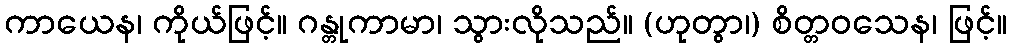
ကာယေန၊ ကိုယ်ဖြင့်။ ဂန္တုကာမာ၊ သွားလိုသည်။ (ဟုတွာ၊) စိတ္တဝသေန၊ ဖြင့်။